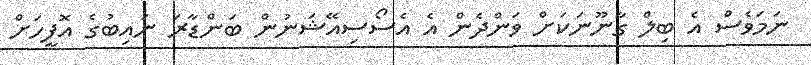
ނަމަވެސް އެ ބިލް ގާނޫނަކަށް ވަންދެން އެ އެސޯސިއޭޝަނުން ބަންޑާރަ ނައިބުގެ އޮފީހަށް